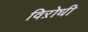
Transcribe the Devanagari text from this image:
विऱोधी